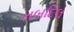
તબદિલ